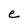
Character: e